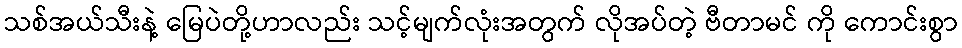
သစ်အယ်သီးနဲ့ မြေပဲတို့ဟာလည်း သင့်မျက်လုံးအတွက် လိုအပ်တဲ့ ဗီတာမင် ကို ကောင်းစွာ